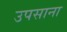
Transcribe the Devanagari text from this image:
उपसाना